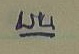
บน